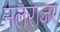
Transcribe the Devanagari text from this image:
नलराजर